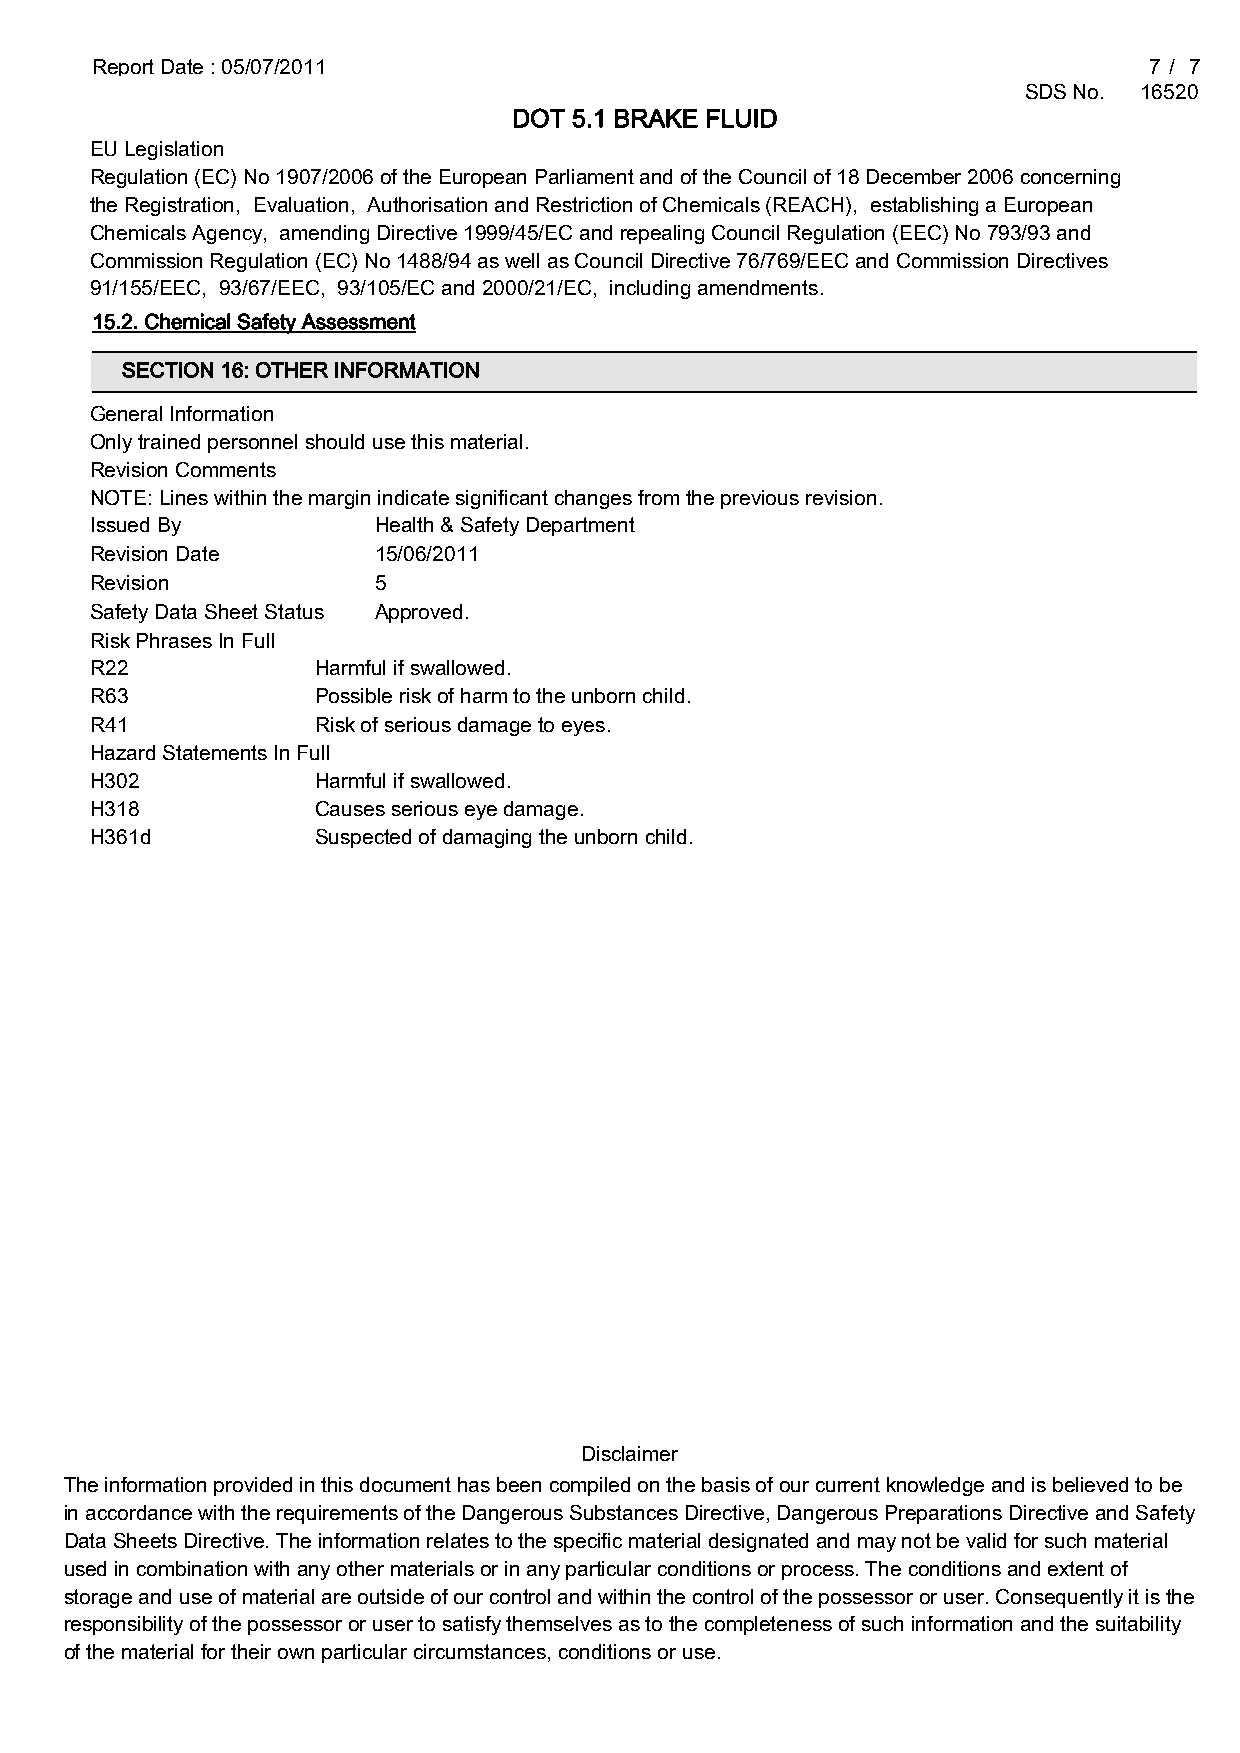
Report Date : 05/07/2011                                              7 / 7
 SDS No. 16520
 DOT 5.1 BRAKE FLUID
 EU Legislation
 Regulation (EC) No 1907/2006 of the European Parliament and of the Council of 18 December 2006 concerning
 the Registration, Evaluation, Authorisation and Restriction of Chemicals (REACH), establishing a European
 Chemicals Agency, amending Directive 1999/45/EC and repealing Council Regulation (EEC) No 793/93 and
 Commission Regulation (EC) No 1488/94 as well as Council Directive 76/769/EEC and Commission Directives
 91/155/EEC, 93/67/EEC, 93/105/EC and 2000/21/EC, including amendments.
 15.2. Chemical Safety Assessment
 SECTION 16: OTHER INFORMATION
 General Information
 Only trained personnel should use this material.
 Revision Comments
 NOTE: Lines within the margin indicate significant changes from the previous revision.
 Issued By          Health & Safety Department
 Revision Date      15/06/2011
 Revision           5
 Safety Data Sheet Status Approved.
 Risk Phrases In Full
 R22            Harmful if swallowed.
 R63            Possible risk of harm to the unborn child.
 R41            Risk of serious damage to eyes.
 Hazard Statements In Full
 H302           Harmful if swallowed.
 H318           Causes serious eye damage.
 H361d          Suspected of damaging the unborn child.
 Disclaimer
 The information provided in this document has been compiled on the basis of our current knowledge and is believed to be
 in accordance with the requirements of the Dangerous Substances Directive, Dangerous Preparations Directive and Safety
 Data Sheets Directive. The information relates to the specific material designated and may not be valid for such material
 used in combination with any other materials or in any particular conditions or process. The conditions and extent of
 storage and use of material are outside of our control and within the control of the possessor or user. Consequently it is the
 responsibility of the possessor or user to satisfy themselves as to the completeness of such information and the suitability
 of the material for their own particular circumstances, conditions or use.